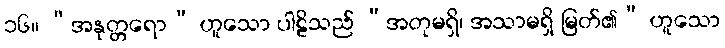
၁၆။ “အနုတ္တရော” ဟူသော ပါဠိသည် “အတုမရှိ၊ အသာမရှိ မြတ်၏” ဟူသော